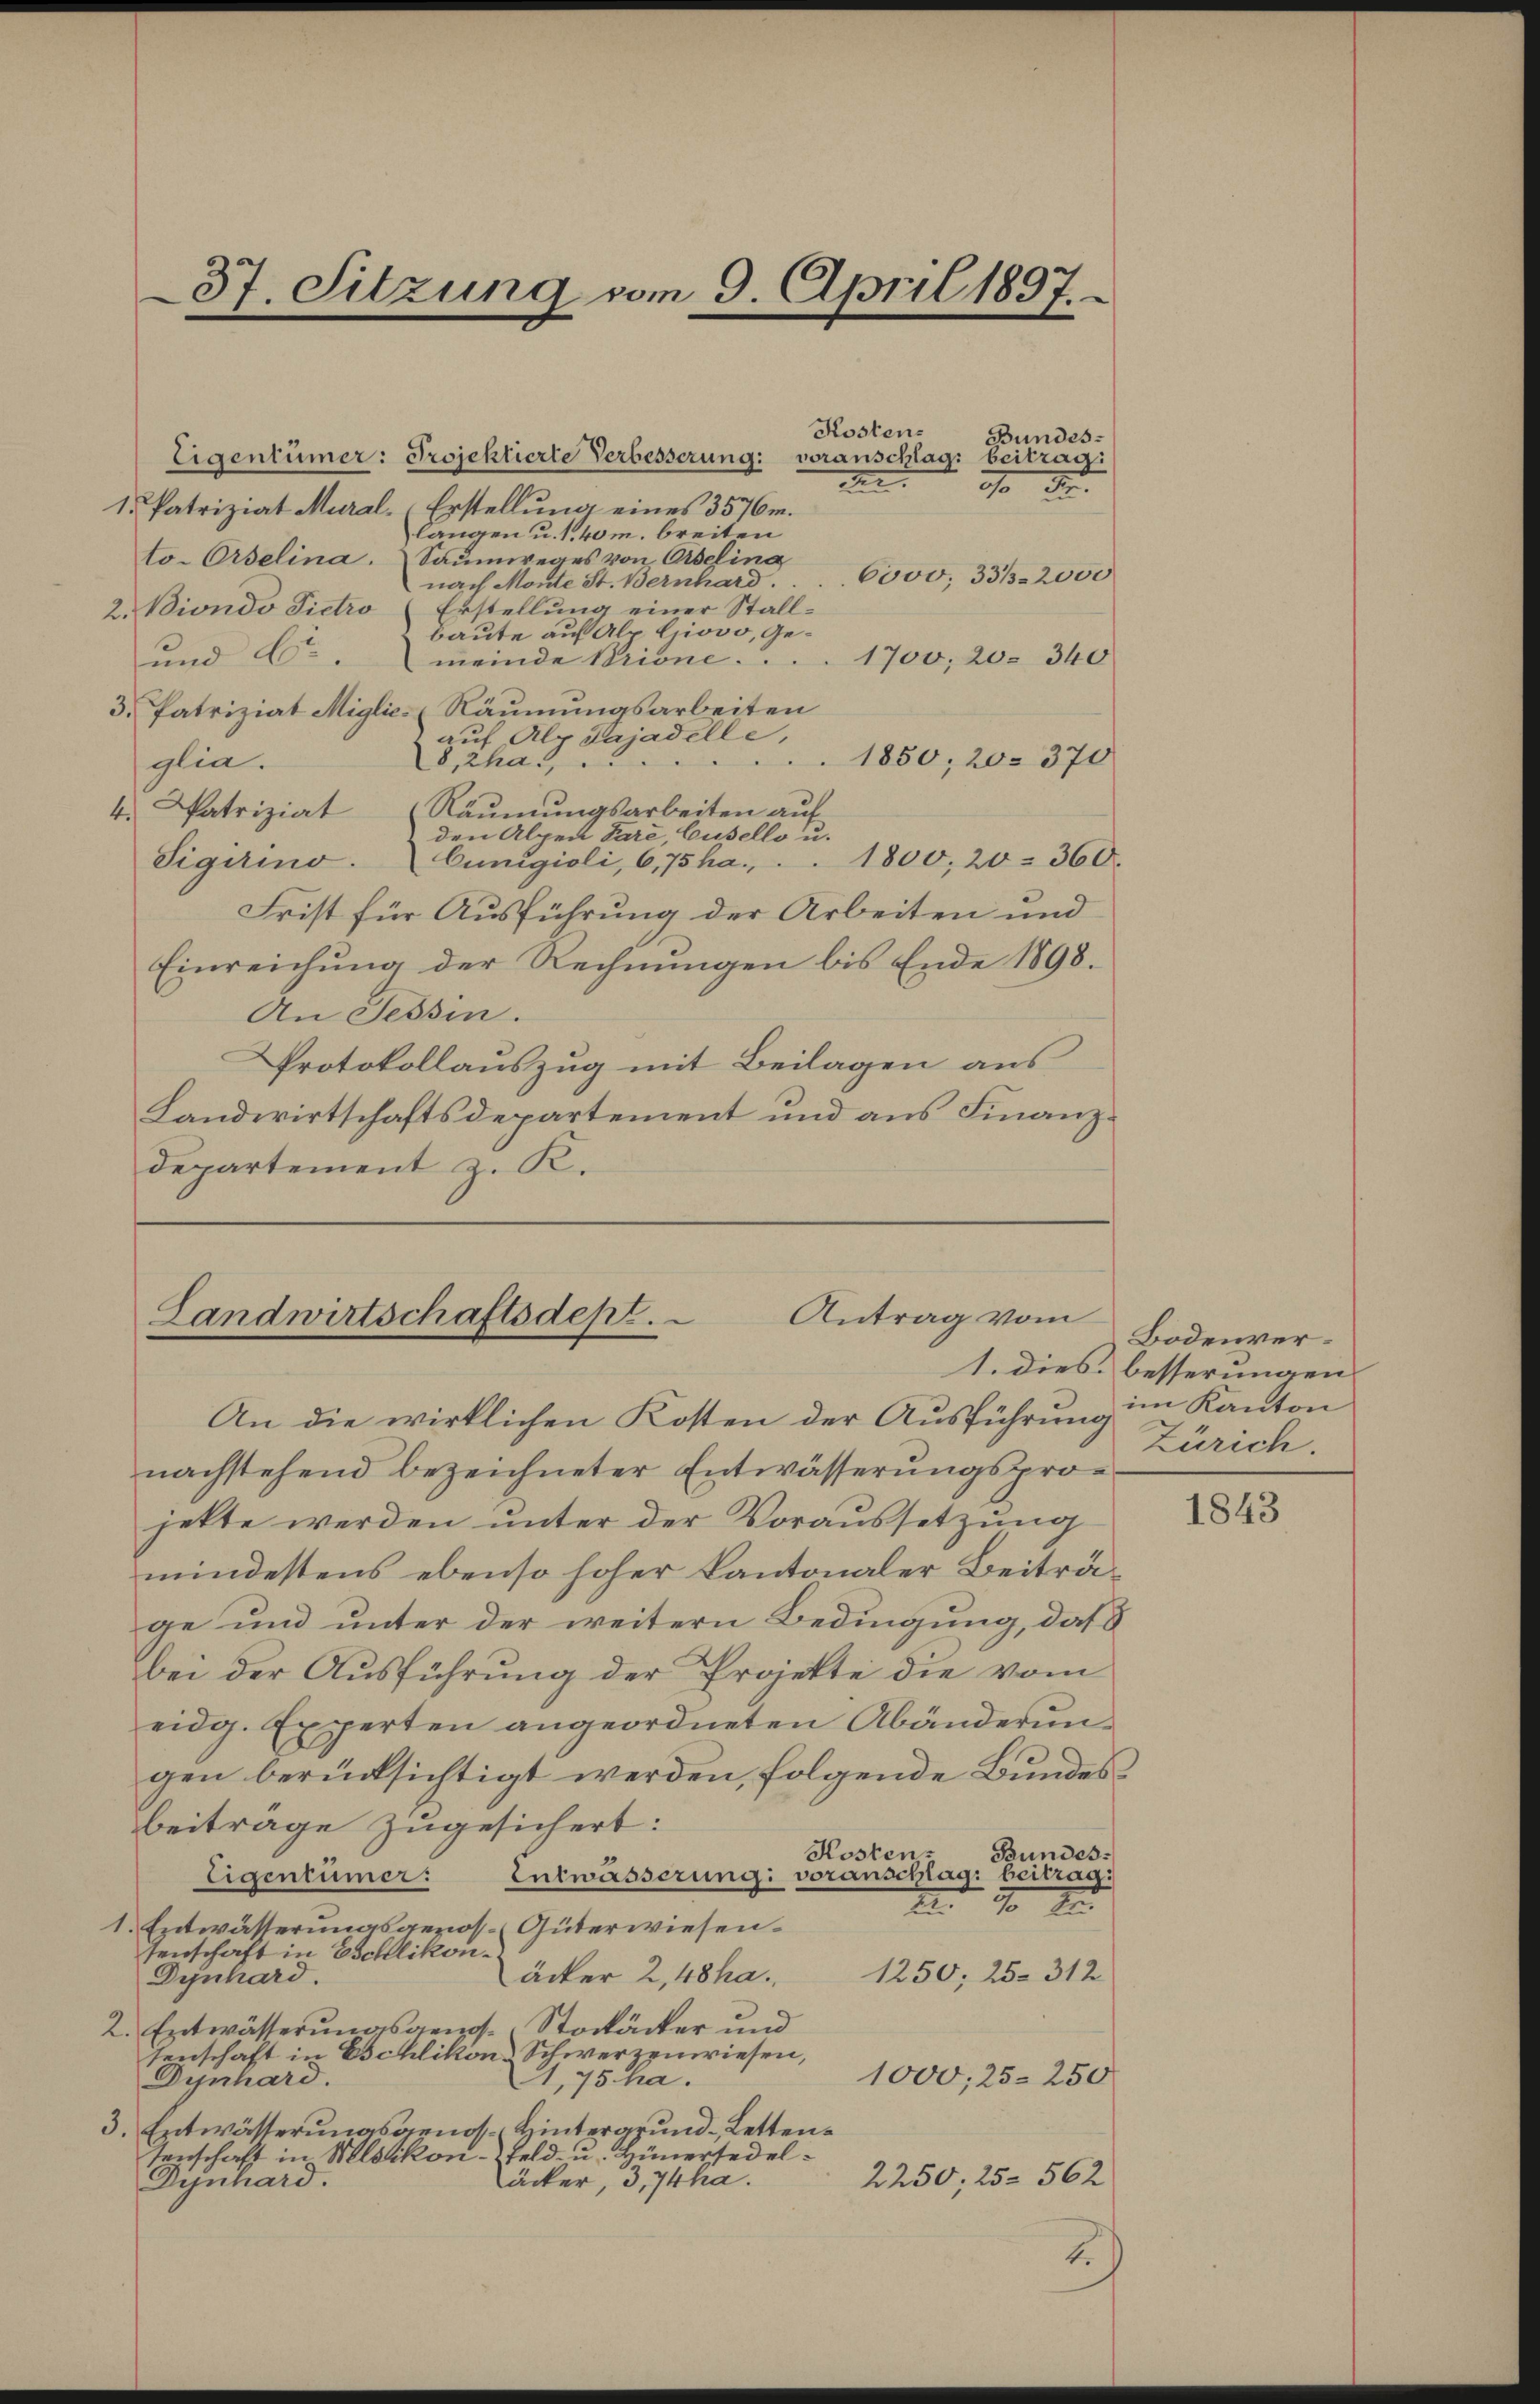
37. Sitzung vom 9. April 1897.

Kostens
Bundes¬
Eigentümer: Projektierte Verbesserung: voranschlag beitrag
.
10 Fr.
1. Patriziat Mural-Erstellung eines 3576m.
langen u. 1. 40 m breiten
to-Ordelina. Saumweges von Oselina
6000, 33 / 2000
nach Monte St. Bernhard.
2. Diondo Pietro (Erstellung einer Stall-
baute auf Alp Giovo, Ge¬
1700, 20. 340
und Ctr. meinde Brione...
Räumungsarbeiten
3. Patriziat Miglicauf Alp Gajadelle,
1850, 20. 370
A
glia.
8, zha.
4. Patriziat (Räŭmŭngsarbeiten aŭf
den Alpen Pare, Cusello u.
Sigerino. Cungioli, 6,75 ha. . . 1800, 20 - 360.
Frist für Ausführung der Arbeiten und
Einreichung der Rechnungen bis Ende 1898.
An Tessin.
Protokollauszug mit Beilagen aus
Landwirtschaftsdepartement und aus Finanzdepartement z. K.

Antrag vom
Landwirtschaftsdept.

An die wirklichen Kosten der Ausführung im Kanton
nachstehend bezeichneter Entwässerungsprojette werden unter der Voraussetzung
mindestens ebenso hoher Kantonaler Beiträge und unter der weitern Bedingung, daß
bei der Ausführung der Projekte die vom
eidg. Experten angeordneten Abänderungen berücksichtigt werden, folgende Bundes
beitrage zugesichert:
Bundes:
Kosten.
Entwässerung voranschlag, beitrag:
Eigentümer.
 30 x
1. Entwässerungsgenos-Güterwiesen.
senschaft in Eschlikon
1250; 25. 312
äcker 2,48ha.
Dynhard.
2. Entwässerungsgenos-Stockäcker und
senschaft in Eschlikon Schwerzenwiesen,
1000, 25. 250
Dynhard.
4,75 ha.
Hintergrund Letten.
3. Entwässerungsgenos
Feld- u. Hünersedel
senschaft in Mesikon-
2250; 25. 562
äcker, 3, 74ha.
Dynhard.
I

Bodenver¬
1. dies besserungen
Zürich.

1843